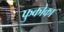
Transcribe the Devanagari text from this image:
फुकोका